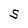
Character: S